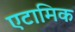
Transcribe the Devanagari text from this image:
एटामिक